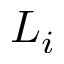
L _ { i }